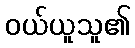
ဝယ်ယူသူ၏